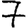
Digit: 7